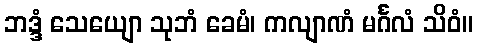
ဘဒ္ဒံ သေယျော သုဘံ ခေမံ၊ ကလျာဏံ မင်္ဂလံ သိဝံ။